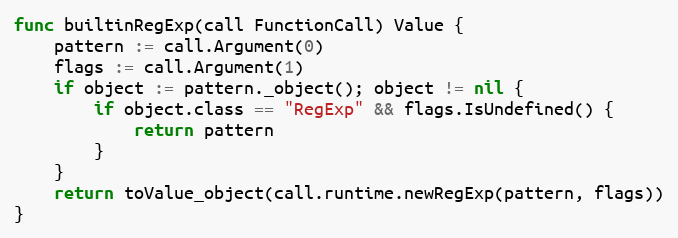
Language: Go
func builtinRegExp(call FunctionCall) Value {
	pattern := call.Argument(0)
	flags := call.Argument(1)
	if object := pattern._object(); object != nil {
		if object.class == "RegExp" && flags.IsUndefined() {
			return pattern
		}
	}
	return toValue_object(call.runtime.newRegExp(pattern, flags))
}